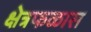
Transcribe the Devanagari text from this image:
क्षेत्रफळास